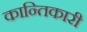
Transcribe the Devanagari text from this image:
कान्तिकारी